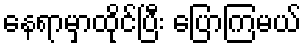
နေရာမှာထိုင်ပြီး ပြောကြမယ်